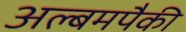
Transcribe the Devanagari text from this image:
अल्बमपैकी